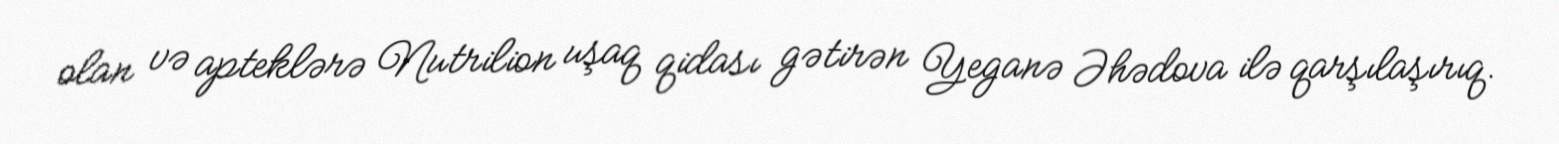
olan və apteklərə Nutrilion uşaq qidası gətirən Yeganə Əhədova ilə qarşılaşırıq.